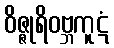
ဝိဇ္ဇုရိဝဗ္ဘကူဋံ